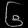
Digit: ၆